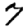
Digit: 7